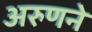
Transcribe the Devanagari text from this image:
अरुणने